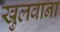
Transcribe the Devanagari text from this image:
खुलवाना